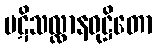
ပဋိသလ္လာနဝုဋ္ဌိတော